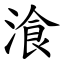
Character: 湌